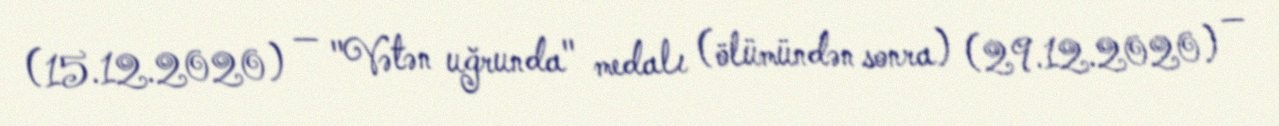
(15.12.2020) — "Vətən uğrunda" medalı (ölümündən sonra) (29.12.2020) —